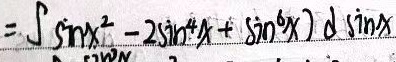
\[=\int (\sin x^{2}-2\sin^{4}x + \sin^{6}x)\ d\sin x\]